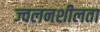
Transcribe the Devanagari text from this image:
ज्‍वलनशीलता